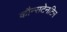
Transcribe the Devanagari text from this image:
कौन्सटेनटिन